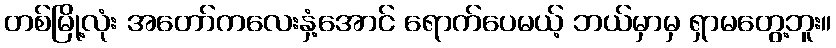
တစ်မြို့လုံး အတော်ကလေးနှံ့အောင် ရောက်ပေမယ့် ဘယ်မှာမှ ရှာမတွေ့ဘူး။